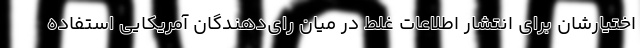
اختیارشان برای انتشار اطلاعات غلط در میان رای‌دهندگان آمریکایی استفاده